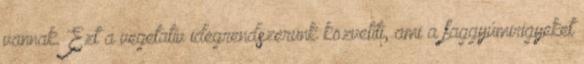
vannak. Ezt a vegetatív idegrendszerünk közvetíti, ami a faggyúmirigyeket